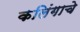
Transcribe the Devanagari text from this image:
कलिंगाचे